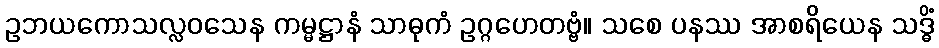
ဥဘယကောသလ္လဝသေန ကမ္မဋ္ဌာနံ သာဓုကံ ဥဂ္ဂဟေတဗ္ဗံ။ သစေ ပနဿ အာစရိယေန သဒ္ဓိံ